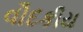
વૌદકીય